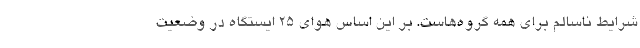
شرایط ناسالم برای همه گروه‌هاست. بر این اساس هوای ۲۵ ایستگاه در وضعیت